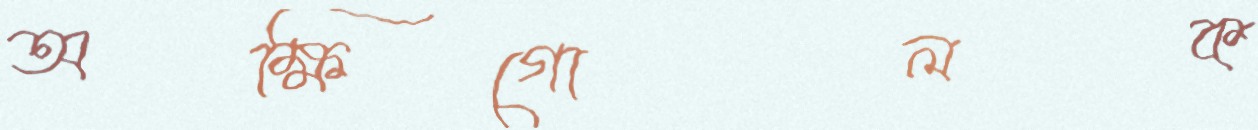
অক্ষিগোলক